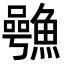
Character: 𮬋